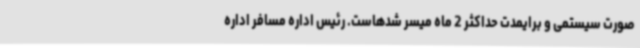
صورت سیستمی و برایمدت حداکثر 2 ماه میسر شدهاست. رئیس اداره مسافر اداره